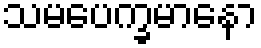
သမပေက္ခမာနော